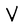
Character: V